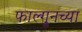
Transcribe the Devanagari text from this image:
फाल्गुनच्या